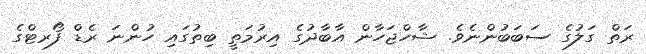
ރަތް ގަލުގެ ސަބަބުންނެވެ. ޝާހްޖަހާން އާބާދުގެ އިރުމަތީ ބިތުގައި ހުންނަ ރެޑް ފޯރޓްގެ